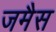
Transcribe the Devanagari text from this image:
जमैस